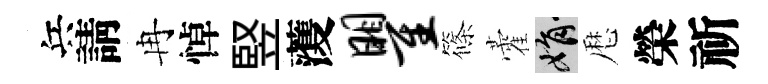
兵請冉悼竪𮑮瞿篠藿娟厯榮祈